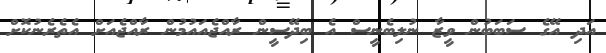
އަދި އޭގެ ސަބަބުން ވީޒާ ނުލިބެނީސް އެ ބިދޭސީން ރާއްޖެއައުމުން ރާއްޖެއަށް އެތެރެނުކޮށް